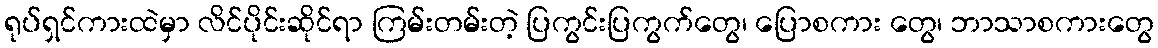
ရုပ်ရှင်ကားထဲမှာ လိင်ပိုင်းဆိုင်ရာ ကြမ်းတမ်းတဲ့ ပြကွင်းပြကွက်တွေ၊ ပြောစကား တွေ၊ ဘာသာစကားတွေ